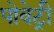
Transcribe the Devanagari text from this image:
पोवेट्री